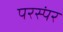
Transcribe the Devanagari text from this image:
परस्पंर